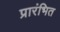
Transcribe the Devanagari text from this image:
प्रारंभित